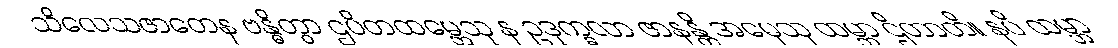
သိလေသဇာတေန ဗန္ဓိတွာ ဌပိတထမ္ဘေသု န ဥဒုက္ခလာ ဇာနန္တိ အမှေသု ထမ္ဘာ ဌိတာတိ။ နပိ ထမ္ဘာ